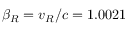
\beta _ { R } = v _ { R } / c = 1 . 0 0 2 1